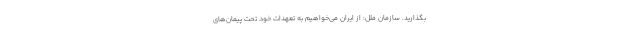
بگذارید. سازمان ملل: از ایران می‌خواهیم به تعهدات خود تحت پیمان‌های